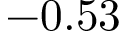
- 0 . 5 3